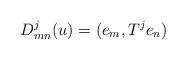
LaTeX: \begin{align*}D^{j}_{mn}(u)=(e_{m}, T^{j}e_{n})\end{align*}